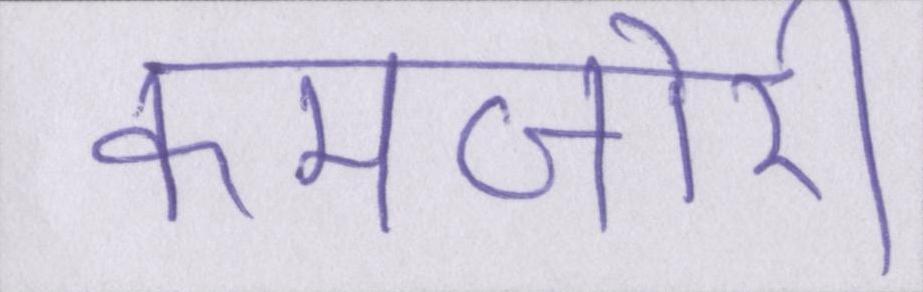
कमजोरी